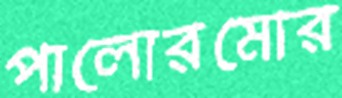
পালোরমোর